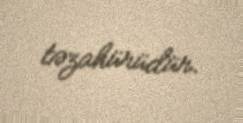
təzahürüdür.